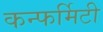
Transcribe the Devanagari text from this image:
कन्फर्मिटी